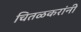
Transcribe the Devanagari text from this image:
चितळकरांनी